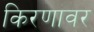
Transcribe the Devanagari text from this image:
किरणावर